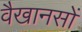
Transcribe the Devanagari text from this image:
वैखानसों